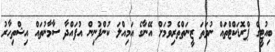
ބިއުޓީގެ ޕްރޮޑަކްޓްތައް ނުވަތަ ޒީނަތްތެރިވުމަށް އޭނާގެ އަމިއްލަ ކުންފުނިން އުފައްދާ ސާމާނުތައް އިޝްތިހާރު